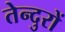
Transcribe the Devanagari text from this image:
तेन्दुरों